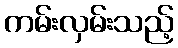
ကမ်းလှမ်းသည့်